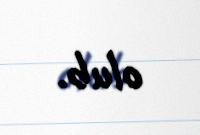
olub.